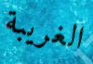
الغريبة